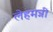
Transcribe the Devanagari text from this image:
लेहमन्नी